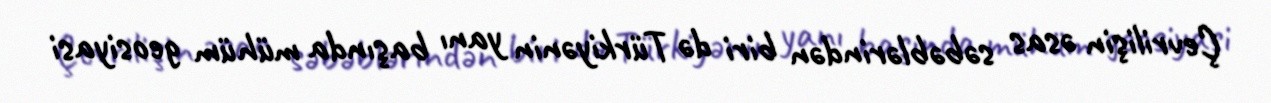
Çevrilişin əsas səbəblərindən biri də Türkiyənin yanı başında mühüm geosiyasi